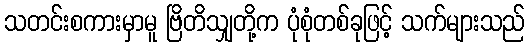
သတင်းစကားမှာမူ ဗြိတိသျှတို့က ပုံစုံတစ်ခုဖြင့် သက်များသည်